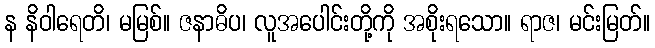
န နိဝါရေတိ၊ မမြစ်။ ဇနာဓိပ၊ လူအပေါင်းတို့ကို အစိုးရသော။ ရာဇ၊ မင်းမြတ်။